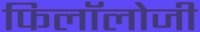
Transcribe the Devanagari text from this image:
फिलॉलोजी